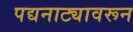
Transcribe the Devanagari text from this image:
पद्यनाट्यावरून